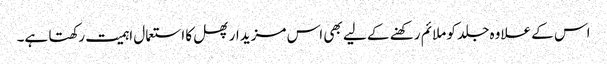
اس کے علاوہ جلد کو ملائم رکھنے کے لیے بھی اس مزیدار پھل کا استعمال اہمیت رکھتا ہے۔